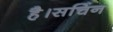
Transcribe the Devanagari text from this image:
है।सचिन